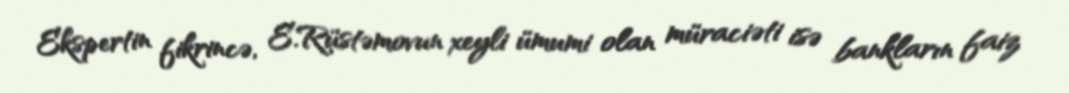
Ekspertin fikrincə, E.Rüstəmovun xeyli ümumi olan müraciəti isə bankların faiz